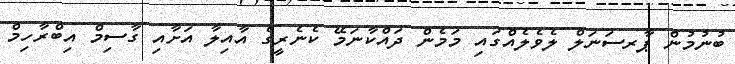
ބުނުމުން ޕާރސަނަލް ލެވެލެއްގައި މަމެން ދައްކާނަމޭ ކެނެރީގެ އާއިލާ އަށާއި ގާސިމް އިބްރާހިމް